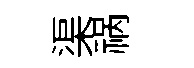
渠祸